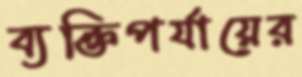
ব্যক্তিপর্যায়ের